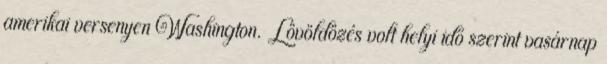
amerikai versenyen Washington. Lövöldözés volt helyi idő szerint vasárnap